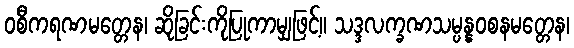
ဝစီကရဏမတ္တေန၊ ဆိုခြင်းကိုပြုကာမျှဖြင့်။ သဒ္ဒလက္ခဏသမ္ပန္နဝစနမတ္တေန၊